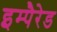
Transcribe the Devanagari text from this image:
इम्पैरेड